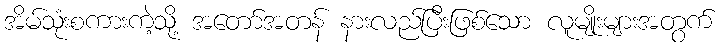
အိမ်သုံးစကားကဲ့သို့ အတော်အတန် နားလည်ပြီးဖြစ်သော လူမျိုးများအတွက်